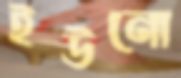
ইউনো